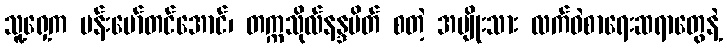
သူ့ရှေ့က ဗန်းမော်တင်အောင်၊ တက္ကသိုလ်နန္ဒမိတ် စတဲ့ အမျိုးသား လက်ဝဲစာရေးဆရာတွေနဲ့